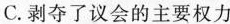
C.剥夺了议会的主要权力